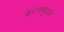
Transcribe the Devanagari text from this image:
केशवसूतांनी